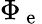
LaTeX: \Phi_{\mathrm{~e~}}